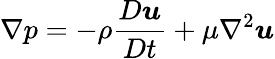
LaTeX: \nabla p=-\rho\frac{D\boldsymbol{u}}{Dt}+\mu\nabla^{2}\boldsymbol{u}